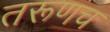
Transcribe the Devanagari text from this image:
तरूणच